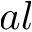
a l